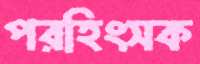
পরহিংসক